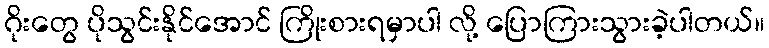
ဂိုးတွေ ပိုသွင်းနိုင်အောင် ကြိုးစားရမှာပါ လို့ ပြောကြားသွားခဲ့ပါတယ်။